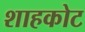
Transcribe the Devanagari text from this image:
शाहकोट